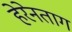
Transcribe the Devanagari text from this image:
हेरेनताग